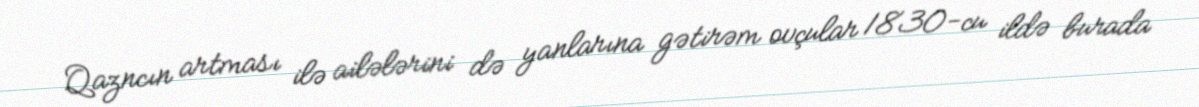
Qazncın artması ilə ailələrini də yanlarına gətirəm ovçular 1830-cu ildə burada